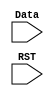
module IF_ID(Data, RST);

    input Data;
    input RST;

always @(Data or RST) begin
    
end



endmodule